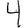
Digit: 4